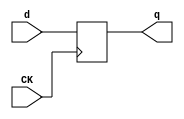
//# 3 inputs
//# 6 outputs
//# 21 D-type flipflops
//# 62 inverters
//# 119 gates (13 ANDs + 58 NANDs + 14 ORs + 34 NORs)

module dff(CK,q,d);
input CK,d;
output reg q;
always @ (posedge CK)
q<=d;
endmodule

module s444(GND,VDD,CK,G0,G1,G107,G108,G118,G119,G167,G168,G2);
input GND,VDD,CK,G0,G1,G2;
output G118,G167,G107,G119,G168,G108;

  wire G11,G37,G12,G41,G13,G45,G14,G49,G15,G58,G16,G62,G17,G66,G18,G70,G19,G80,
    G20,G84,G21,G88,G22,G92,G23,G101,G24,G162BF,G25,G109,G26,G110,G27,G111,G28,
    G112,G29,G113,G30,G114,G31,G155,IIII372,IIII382,IIII318,G34,IIII180,G35,
    G77,G135,G36,G78,G144,G32,G74,G142,IIII392,G55,G102,G136,G156,G56,G143,
    G161,IIII321,G53,IIII324,G76,G150,IIII336,G152,G160,G106,G43,IIII182,G99,
    G139,G153,G157,G103,G38,G40,G60,G57,G79,G97,G42,G44,G46,G48,IIII105,G162,
    G166,G50,G52,G82,G59,G61,G63,G65,G67,G69,G71,G73,G81,G83,G85,G87,G89,G91,
    G94,G96,G122,G121,G124,G125,G126,G127,G154,G158,G159,G100,G104,G105,G115,
    G117,G163,G165,G116,G164,G141,G137,G138,G140,G133,G134,G145,G146,G147,G131,
    G129,IIII181,IIII190,IIII200,G47,IIII210,G51,G120,G128,G132,G123,G151,
    IIII191,IIII192,IIII201,IIII202,G149,G130,IIII211,IIII212,G148,IIII225,
    IIII235,G64,IIII245,G68,IIII255,G72,IIII226,IIII227,IIII236,IIII237,
    IIII246,IIII247,IIII256,IIII257,IIII271,IIII281,G86,IIII291,G90,IIII302,
    G95,IIII272,IIII273,IIII282,IIII283,IIII292,IIII293,IIII303,IIII304,G33,
    G54,G75,G98,G93;

  dff DFF_0(CK,G11,G37);
  dff DFF_1(CK,G12,G41);
  dff DFF_2(CK,G13,G45);
  dff DFF_3(CK,G14,G49);
  dff DFF_4(CK,G15,G58);
  dff DFF_5(CK,G16,G62);
  dff DFF_6(CK,G17,G66);
  dff DFF_7(CK,G18,G70);
  dff DFF_8(CK,G19,G80);
  dff DFF_9(CK,G20,G84);
  dff DFF_10(CK,G21,G88);
  dff DFF_11(CK,G22,G92);
  dff DFF_12(CK,G23,G101);
  dff DFF_13(CK,G24,G162BF);
  dff DFF_14(CK,G25,G109);
  dff DFF_15(CK,G26,G110);
  dff DFF_16(CK,G27,G111);
  dff DFF_17(CK,G28,G112);
  dff DFF_18(CK,G29,G113);
  dff DFF_19(CK,G30,G114);
  dff DFF_20(CK,G31,G155);
  not NOT_0(IIII372,G0);
  not NOT_1(IIII382,G1);
  not NOT_2(IIII318,G2);
  not NOT_3(G34,G11);
  not NOT_4(IIII180,G11);
  not NOT_5(G35,G12);
  not NOT_6(G77,G20);
  not NOT_7(G135,G20);
  not NOT_8(G36,G13);
  not NOT_9(G78,G21);
  not NOT_10(G144,G21);
  not NOT_11(G32,G14);
  not NOT_12(G74,G22);
  not NOT_13(G142,G22);
  not NOT_14(IIII392,G30);
  not NOT_15(G55,G15);
  not NOT_16(G102,G23);
  not NOT_17(G136,G23);
  not NOT_18(G156,G31);
  not NOT_19(G56,G16);
  not NOT_20(G143,G24);
  not NOT_21(G161,G17);
  not NOT_22(IIII321,G25);
  not NOT_23(G53,G18);
  not NOT_24(IIII324,G26);
  not NOT_25(G76,G19);
  not NOT_26(G150,G19);
  not NOT_27(IIII336,G27);
  not NOT_28(G119,G28);
  not NOT_29(G167,G29);
  not NOT_30(G152,IIII372);
  not NOT_31(G160,IIII382);
  not NOT_32(G106,IIII318);
  not NOT_33(G43,G34);
  not NOT_34(IIII182,IIII180);
  not NOT_35(G168,IIII392);
  not NOT_36(G107,IIII321);
  not NOT_37(G108,IIII324);
  not NOT_38(G118,IIII336);
  not NOT_39(G99,G152);
  not NOT_40(G139,G152);
  not NOT_41(G153,G152);
  not NOT_42(G157,G160);
  not NOT_43(G103,G106);
  not NOT_44(G38,G40);
  not NOT_45(G60,G57);
  not NOT_46(G79,G97);
  not NOT_47(G42,G44);
  not NOT_48(G46,G48);
  not NOT_49(IIII105,G162);
  not NOT_50(G166,G162);
  not NOT_51(G50,G52);
  not NOT_52(G82,G79);
  not NOT_53(G162BF,IIII105);
  not NOT_54(G59,G61);
  not NOT_55(G63,G65);
  not NOT_56(G67,G69);
  not NOT_57(G71,G73);
  not NOT_58(G81,G83);
  not NOT_59(G85,G87);
  not NOT_60(G89,G91);
  not NOT_61(G94,G96);
  and AND2_0(G122,G24,G121);
  and AND3_0(G124,G139,G22,G150);
  and AND3_1(G125,G139,G20,G19);
  and AND2_1(G126,G139,G21);
  and AND2_2(G127,G139,G24);
  and AND2_3(G154,G158,G159);
  and AND2_4(G100,G104,G105);
  and AND2_5(G155,G154,G153);
  and AND2_6(G101,G100,G99);
  and AND3_2(G115,G161,G117,G162);
  and AND3_3(G163,G161,G165,G162);
  and AND2_7(G116,G117,G166);
  and AND2_8(G164,G165,G166);
  or OR3_0(G141,G24,G22,G21);
  or OR3_1(G137,G136,G20,G19);
  or OR2_0(G138,G136,G142);
  or OR4_0(G140,G24,G21,G20,G150);
  or OR4_1(G133,G152,G136,G22,G144);
  or OR3_2(G134,G152,G142,G21);
  or OR4_2(G145,G152,G142,G20,G19);
  or OR2_1(G146,G152,G143);
  or OR2_2(G147,G152,G144);
  or OR2_3(G158,G31,G160);
  or OR2_4(G104,G23,G106);
  or OR4_3(G131,G144,G22,G23,G129);
  or OR2_5(G159,G156,G157);
  or OR2_6(G105,G102,G103);
  nand NAND2_0(IIII181,G11,IIII180);
  nand NAND2_1(G129,G19,G135);
  nand NAND4_0(G121,G19,G135,G142,G136);
  nand NAND2_2(IIII190,G12,G43);
  nand NAND2_3(G40,IIII181,IIII182);
  nand NAND2_4(IIII200,G13,G47);
  nand NAND2_5(IIII210,G14,G51);
  nand NAND2_6(G120,G150,G128);
  nand NAND2_7(G132,G133,G134);
  nand NAND3_0(G111,G140,G141,G139);
  nand NAND4_1(G123,G137,G138,G21,G139);
  nand NAND4_2(G151,G20,G144,G143,G139);
  nand NAND3_1(G117,G145,G146,G147);
  nand NAND2_8(IIII191,G12,IIII190);
  nand NAND2_9(IIII192,G43,IIII190);
  nand NAND2_10(IIII201,G13,IIII200);
  nand NAND2_11(IIII202,G47,IIII200);
  nand NAND2_12(G149,G131,G130);
  nand NAND2_13(IIII211,G14,IIII210);
  nand NAND2_14(IIII212,G51,IIII210);
  nand NAND3_2(G148,G150,G135,G132);
  nand NAND2_15(G44,IIII191,IIII192);
  nand NAND2_16(G48,IIII201,IIII202);
  nand NAND2_17(G162,G120,G149);
  nand NAND2_18(G52,IIII211,IIII212);
  nand NAND2_19(IIII225,G15,G60);
  nand NAND2_20(IIII235,G16,G64);
  nand NAND2_21(IIII245,G17,G68);
  nand NAND2_22(IIII255,G18,G72);
  nand NAND2_23(G165,G148,G149);
  nand NAND2_24(IIII226,G15,IIII225);
  nand NAND2_25(IIII227,G60,IIII225);
  nand NAND2_26(IIII236,G16,IIII235);
  nand NAND2_27(IIII237,G64,IIII235);
  nand NAND2_28(IIII246,G17,IIII245);
  nand NAND2_29(IIII247,G68,IIII245);
  nand NAND2_30(IIII256,G18,IIII255);
  nand NAND2_31(IIII257,G72,IIII255);
  nand NAND2_32(G61,IIII226,IIII227);
  nand NAND2_33(G65,IIII236,IIII237);
  nand NAND2_34(G69,IIII246,IIII247);
  nand NAND2_35(G73,IIII256,IIII257);
  nand NAND2_36(IIII271,G19,G82);
  nand NAND2_37(IIII281,G20,G86);
  nand NAND2_38(IIII291,G21,G90);
  nand NAND2_39(IIII302,G22,G95);
  nand NAND2_40(IIII272,G19,IIII271);
  nand NAND2_41(IIII273,G82,IIII271);
  nand NAND2_42(IIII282,G20,IIII281);
  nand NAND2_43(IIII283,G86,IIII281);
  nand NAND2_44(IIII292,G21,IIII291);
  nand NAND2_45(IIII293,G90,IIII291);
  nand NAND2_46(IIII303,G22,IIII302);
  nand NAND2_47(IIII304,G95,IIII302);
  nand NAND2_48(G83,IIII272,IIII273);
  nand NAND2_49(G87,IIII282,IIII283);
  nand NAND2_50(G91,IIII292,IIII293);
  nand NAND2_51(G96,IIII303,IIII304);
  nor NOR3_0(G33,G11,G12,G13);
  nor NOR3_1(G54,G15,G16,G17);
  nor NOR3_2(G75,G19,G20,G21);
  nor NOR2_0(G47,G34,G35);
  nor NOR3_3(G51,G34,G35,G36);
  nor NOR2_1(G98,G32,G33);
  nor NOR4_0(G128,G20,G144,G136,G152);
  nor NOR2_2(G130,G143,G152);
  nor NOR2_3(G57,G31,G98);
  nor NOR2_4(G64,G55,G57);
  nor NOR3_4(G68,G55,G56,G57);
  nor NOR4_1(G72,G55,G56,G161,G57);
  nor NOR3_5(G97,G53,G57,G54);
  nor NOR2_5(G109,G122,G123);
  nor NOR4_2(G110,G124,G125,G126,G127);
  nor NOR2_6(G114,G150,G151);
  nor NOR3_6(G37,G98,G38,G152);
  nor NOR2_7(G86,G76,G79);
  nor NOR3_7(G90,G76,G77,G79);
  nor NOR3_8(G93,G74,G79,G75);
  nor NOR4_3(G95,G76,G77,G78,G79);
  nor NOR3_9(G41,G98,G42,G152);
  nor NOR3_10(G45,G98,G46,G152);
  nor NOR3_11(G49,G98,G50,G152);
  nor NOR2_8(G112,G115,G116);
  nor NOR2_9(G113,G163,G164);
  nor NOR3_12(G58,G97,G59,G152);
  nor NOR3_13(G62,G97,G63,G152);
  nor NOR3_14(G66,G97,G67,G152);
  nor NOR3_15(G70,G97,G71,G152);
  nor NOR3_16(G80,G93,G81,G152);
  nor NOR3_17(G84,G93,G85,G152);
  nor NOR3_18(G88,G93,G89,G152);
  nor NOR3_19(G92,G93,G94,G152);

endmodule